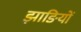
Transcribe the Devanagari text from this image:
झाङियों